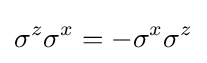
\sigma ^{z}\sigma ^{x}=-\sigma ^{x}\sigma ^{z}